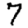
Digit: 7